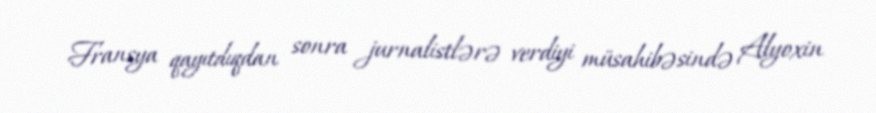
Fransya qayıtdıqdan sonra jurnalistlərə verdiyi müsahibəsində Alyoxin